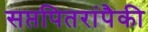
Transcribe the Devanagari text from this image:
सप्तपितरांपैकी